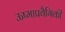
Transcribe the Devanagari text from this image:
ऊष्माप्रवैगिकी